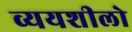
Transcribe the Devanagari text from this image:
व्ययशीलो